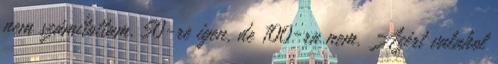
nem számítottam. 50-re igen, de 100-ra nem. Azért valahol